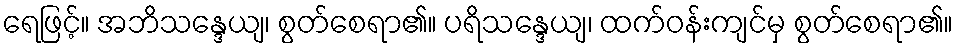
ရေဖြင့်။ အဘိသန္ဒေယျ၊ စွတ်စေရာ၏။ ပရိသန္ဒေယျ၊ ထက်ဝန်းကျင်မှ စွတ်စေရာ၏။